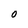
Character: O